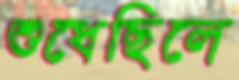
শুধেছিলে